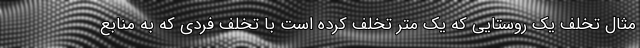
مثال تخلف یک روستایی که یک متر تخلف کرده است با تخلف فردی که به منابع